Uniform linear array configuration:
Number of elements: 32
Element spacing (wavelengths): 1
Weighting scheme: cosine
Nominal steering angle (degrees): -15
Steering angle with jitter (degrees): -14.799
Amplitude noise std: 0.05
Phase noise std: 0.05

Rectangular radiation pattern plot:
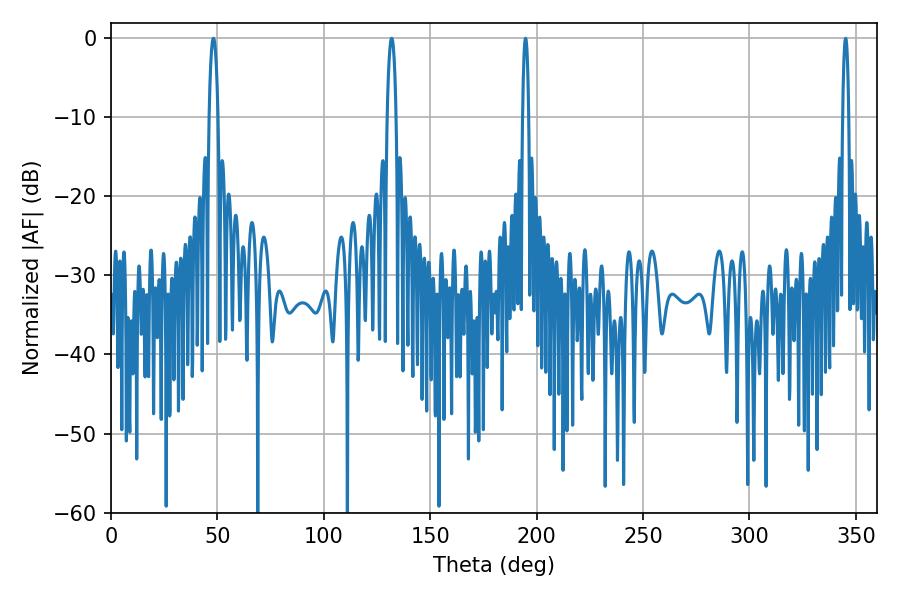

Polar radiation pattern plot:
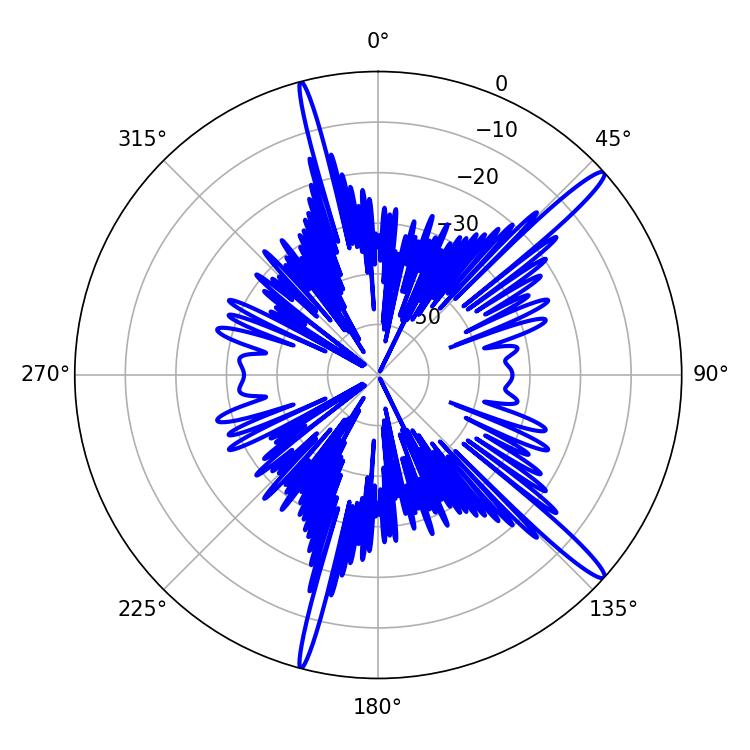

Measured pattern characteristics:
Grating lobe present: TRUE
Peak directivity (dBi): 15.745
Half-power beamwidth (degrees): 1.62
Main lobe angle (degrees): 194.76